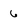
Character: 6